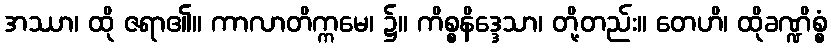
အဿာ၊ ထို ဇရာ၏။ ကာလာတိက္ကမေ၊ ၌။ ကိစ္စနိဒ္ဒေသာ၊ တို့တည်း။ တေဟိ၊ ထိုခဏ္ဍိစ္စံ